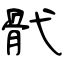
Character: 骮